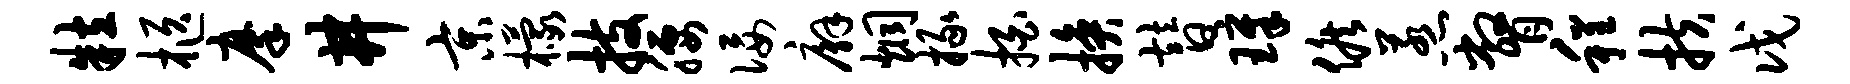
粒柩摩井京檬技腰佞廨炯掾拍换替璋候惹瞥程扶戊